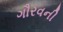
ગૌરવની